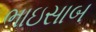
ભાઇસાબ